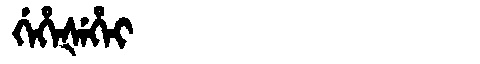
Manchu: ᡤᡝᡥᡝᡧᡝᡥᡝᡳ
Romanization: GEHEŠEHEI